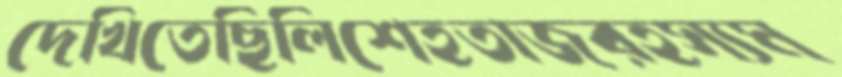
দেখিতেছিলিশেহতাজরহস্যম